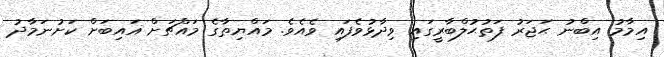
އިމާމު އިބްނު ޙަޖަރު ފަތުޙުލްބާރީގައި ވިދާޅުވެފައި ވެއެވެ. މައްޔިތާގެ މައްޗަށް ޣައިބަށް ކަށުނަމާދު